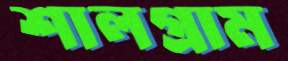
শালগ্রাম